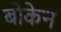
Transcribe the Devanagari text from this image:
बोकेन